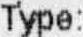
TYPE: